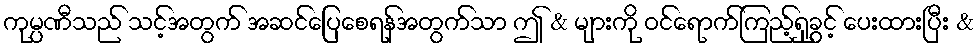
ကုမ္ပဏီသည် သင့်အတွက် အဆင်ပြေစေရန်အတွက်သာ ဤ & များကို ဝင်ရောက်ကြည့်ရှုခွင့် ပေးထားပြီး &